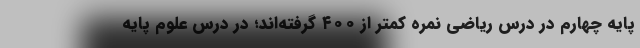
پایه چهارم در درس ریاضی نمره کمتر از ۴۰۰ گرفته‌اند؛ در درس علوم پایه